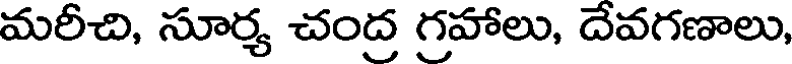
మరీచి, సూర్య చంద్ర గ్రహాలు, దేవగణాలు,